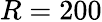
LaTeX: R=200